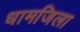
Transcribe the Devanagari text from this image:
धामजिला